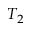
T _ { 2 }